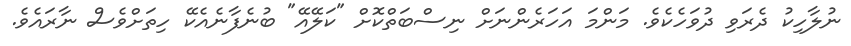
ނުލާހިކު ދެރަވި ދުވަހެކެވެ. މަންމަ އަހަރެންނަށް ނިސްބަތްކޮށް "ކަލޭއޭ" ބުނެފާނެއެކޭ ހިތަށްވެސް ނާރައެވެ.